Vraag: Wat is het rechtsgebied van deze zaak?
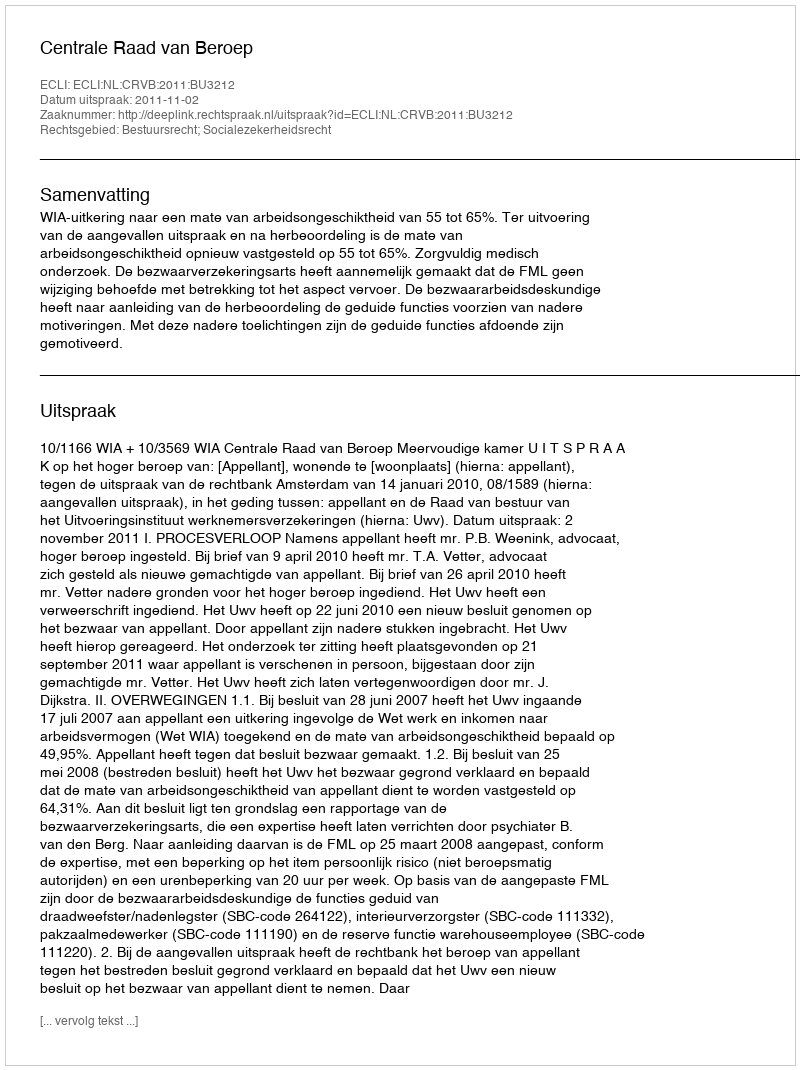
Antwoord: Bestuursrecht; Socialezekerheidsrecht